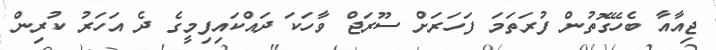
ޖިއާއާ ބެހޭގޮތުން ފުރަތަމަ ފަހަރަށް ސޫރަޖް ވާހަކަ ދައްކައިފިމީގެ ދެ އަހަރު ކުރިން